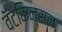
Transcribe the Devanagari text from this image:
वॅटकिन्सन